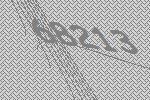
68213